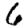
Digit: 6